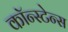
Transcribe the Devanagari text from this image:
कॉन्स्टेन्स